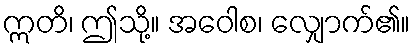
ဣတိ၊ ဤသို့။ အဝေါစ၊ လျှောက်၏။